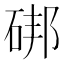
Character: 𥒷